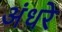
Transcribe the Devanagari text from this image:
अंधरे